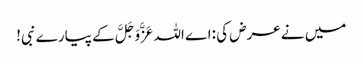
میں نے عرض کی :اے اللہ عَزَّوَجَلَّ کے پیارے نبی!